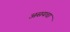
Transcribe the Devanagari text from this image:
असयचा